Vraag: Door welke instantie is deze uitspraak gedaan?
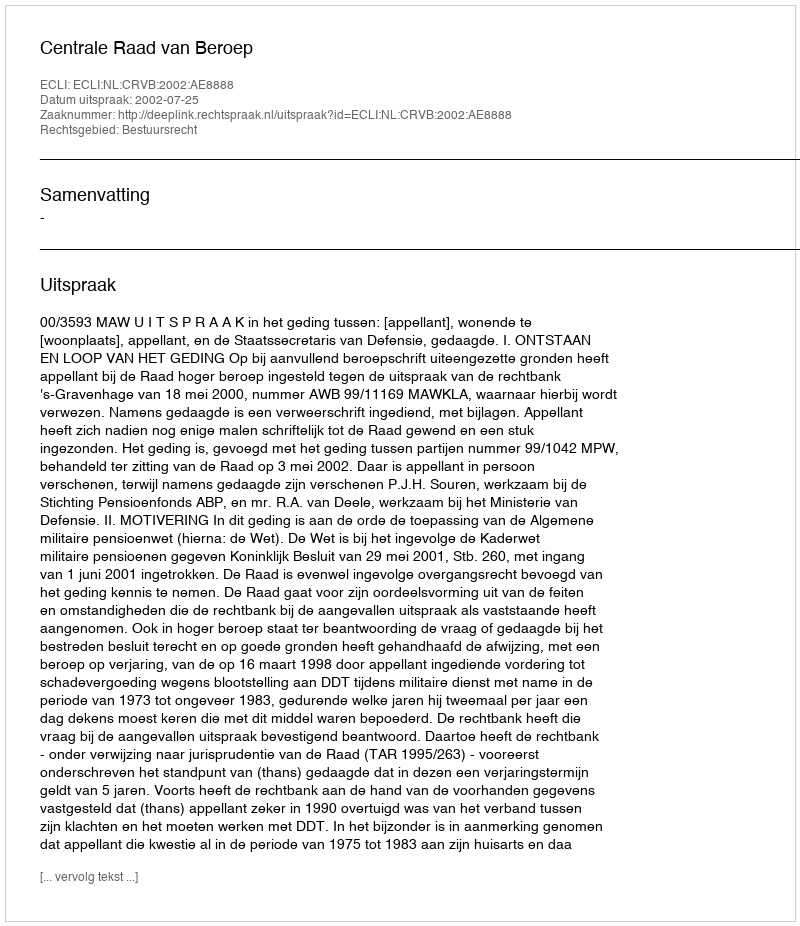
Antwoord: Centrale Raad van Beroep